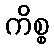
ကိစ္စ